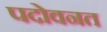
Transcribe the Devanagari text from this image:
पदोवनत